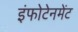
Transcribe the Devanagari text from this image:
इंफोटेनमेंट